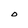
Character: O